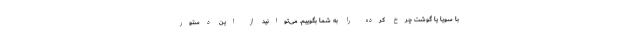
با سویا یا گوشت چرخ کرده را به شما بگوییم. می‌توانید از این دستور